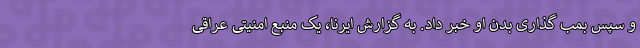
و سپس بمب گذاری بدن او خبر داد. به گزارش ایرنا، یک منبع امنیتی عراقی